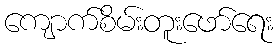
ကျောက်စိမ်းတူးဖော်ရေး